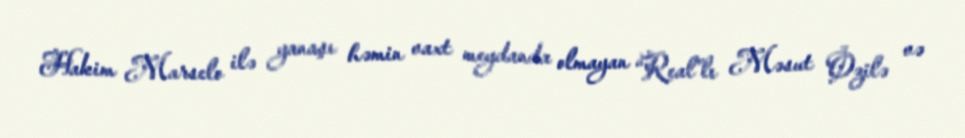
Hakim Marselo ilə yanaşı həmin vaxt meydanda olmayan “Real”lı Məsut Özilə və